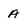
Character: A